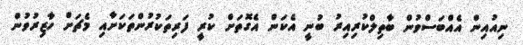
ނިއުއިން އެއްބަސްވުން ބާތިލްކުރިއިރު ބުނީ އެކަން އެގޮތަށް ކުރީ ފަރިތަކުރުންތަކަށާއި މެޗަށް ހާޒިރުވުން